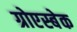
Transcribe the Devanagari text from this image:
ग्रोएस्बेक